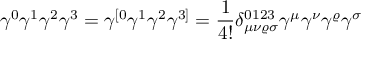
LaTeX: \gamma ^ { 0 } \gamma ^ { 1 } \gamma ^ { 2 } \gamma ^ { 3 } = \gamma ^ { [ 0 } \gamma ^ { 1 } \gamma ^ { 2 } \gamma ^ { 3 ] } = { \frac { 1 } { 4 ! } } \delta _ { \mu \nu \varrho \sigma } ^ { 0 1 2 3 } \gamma ^ { \mu } \gamma ^ { \nu } \gamma ^ { \varrho } \gamma ^ { \sigma }